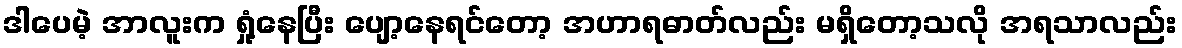
ဒါပေမဲ့ အာလူးက ရှုံ့နေပြီး ပျော့နေရင်တော့ အဟာရဓာတ်လည်း မရှိတော့သလို အရသာလည်း